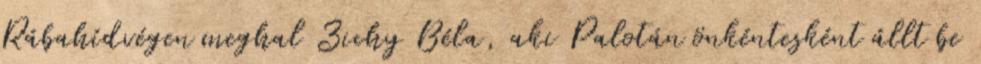
Rábahídvégen meghal Zichy Béla, aki Palotán önkéntesként állt be